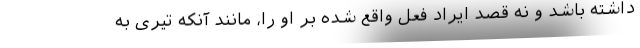
داشته باشد و نه قصد ایراد فعل واقع شده بر او را، مانند آنکه تیری به